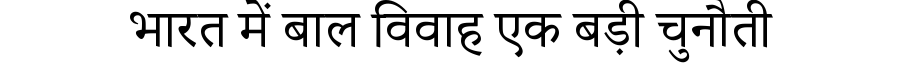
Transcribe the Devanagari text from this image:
भारत में बाल विवाह एक बड़ी चुनौती